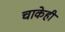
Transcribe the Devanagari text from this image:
चाकेही